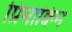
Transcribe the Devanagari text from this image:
प्रिमाक्विन